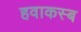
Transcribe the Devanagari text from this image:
हवाकस्‍ब